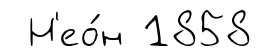
Н'ео́н 1858